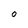
Character: O